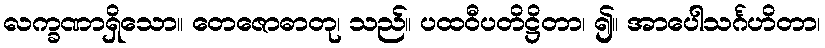
လက္ခဏာရှိသော။ တေဇောဓာတု၊ သည်။ ပထဝီပတိဋ္ဌိတာ၊ ၍။ အာပေါသင်္ဂဟိတာ၊